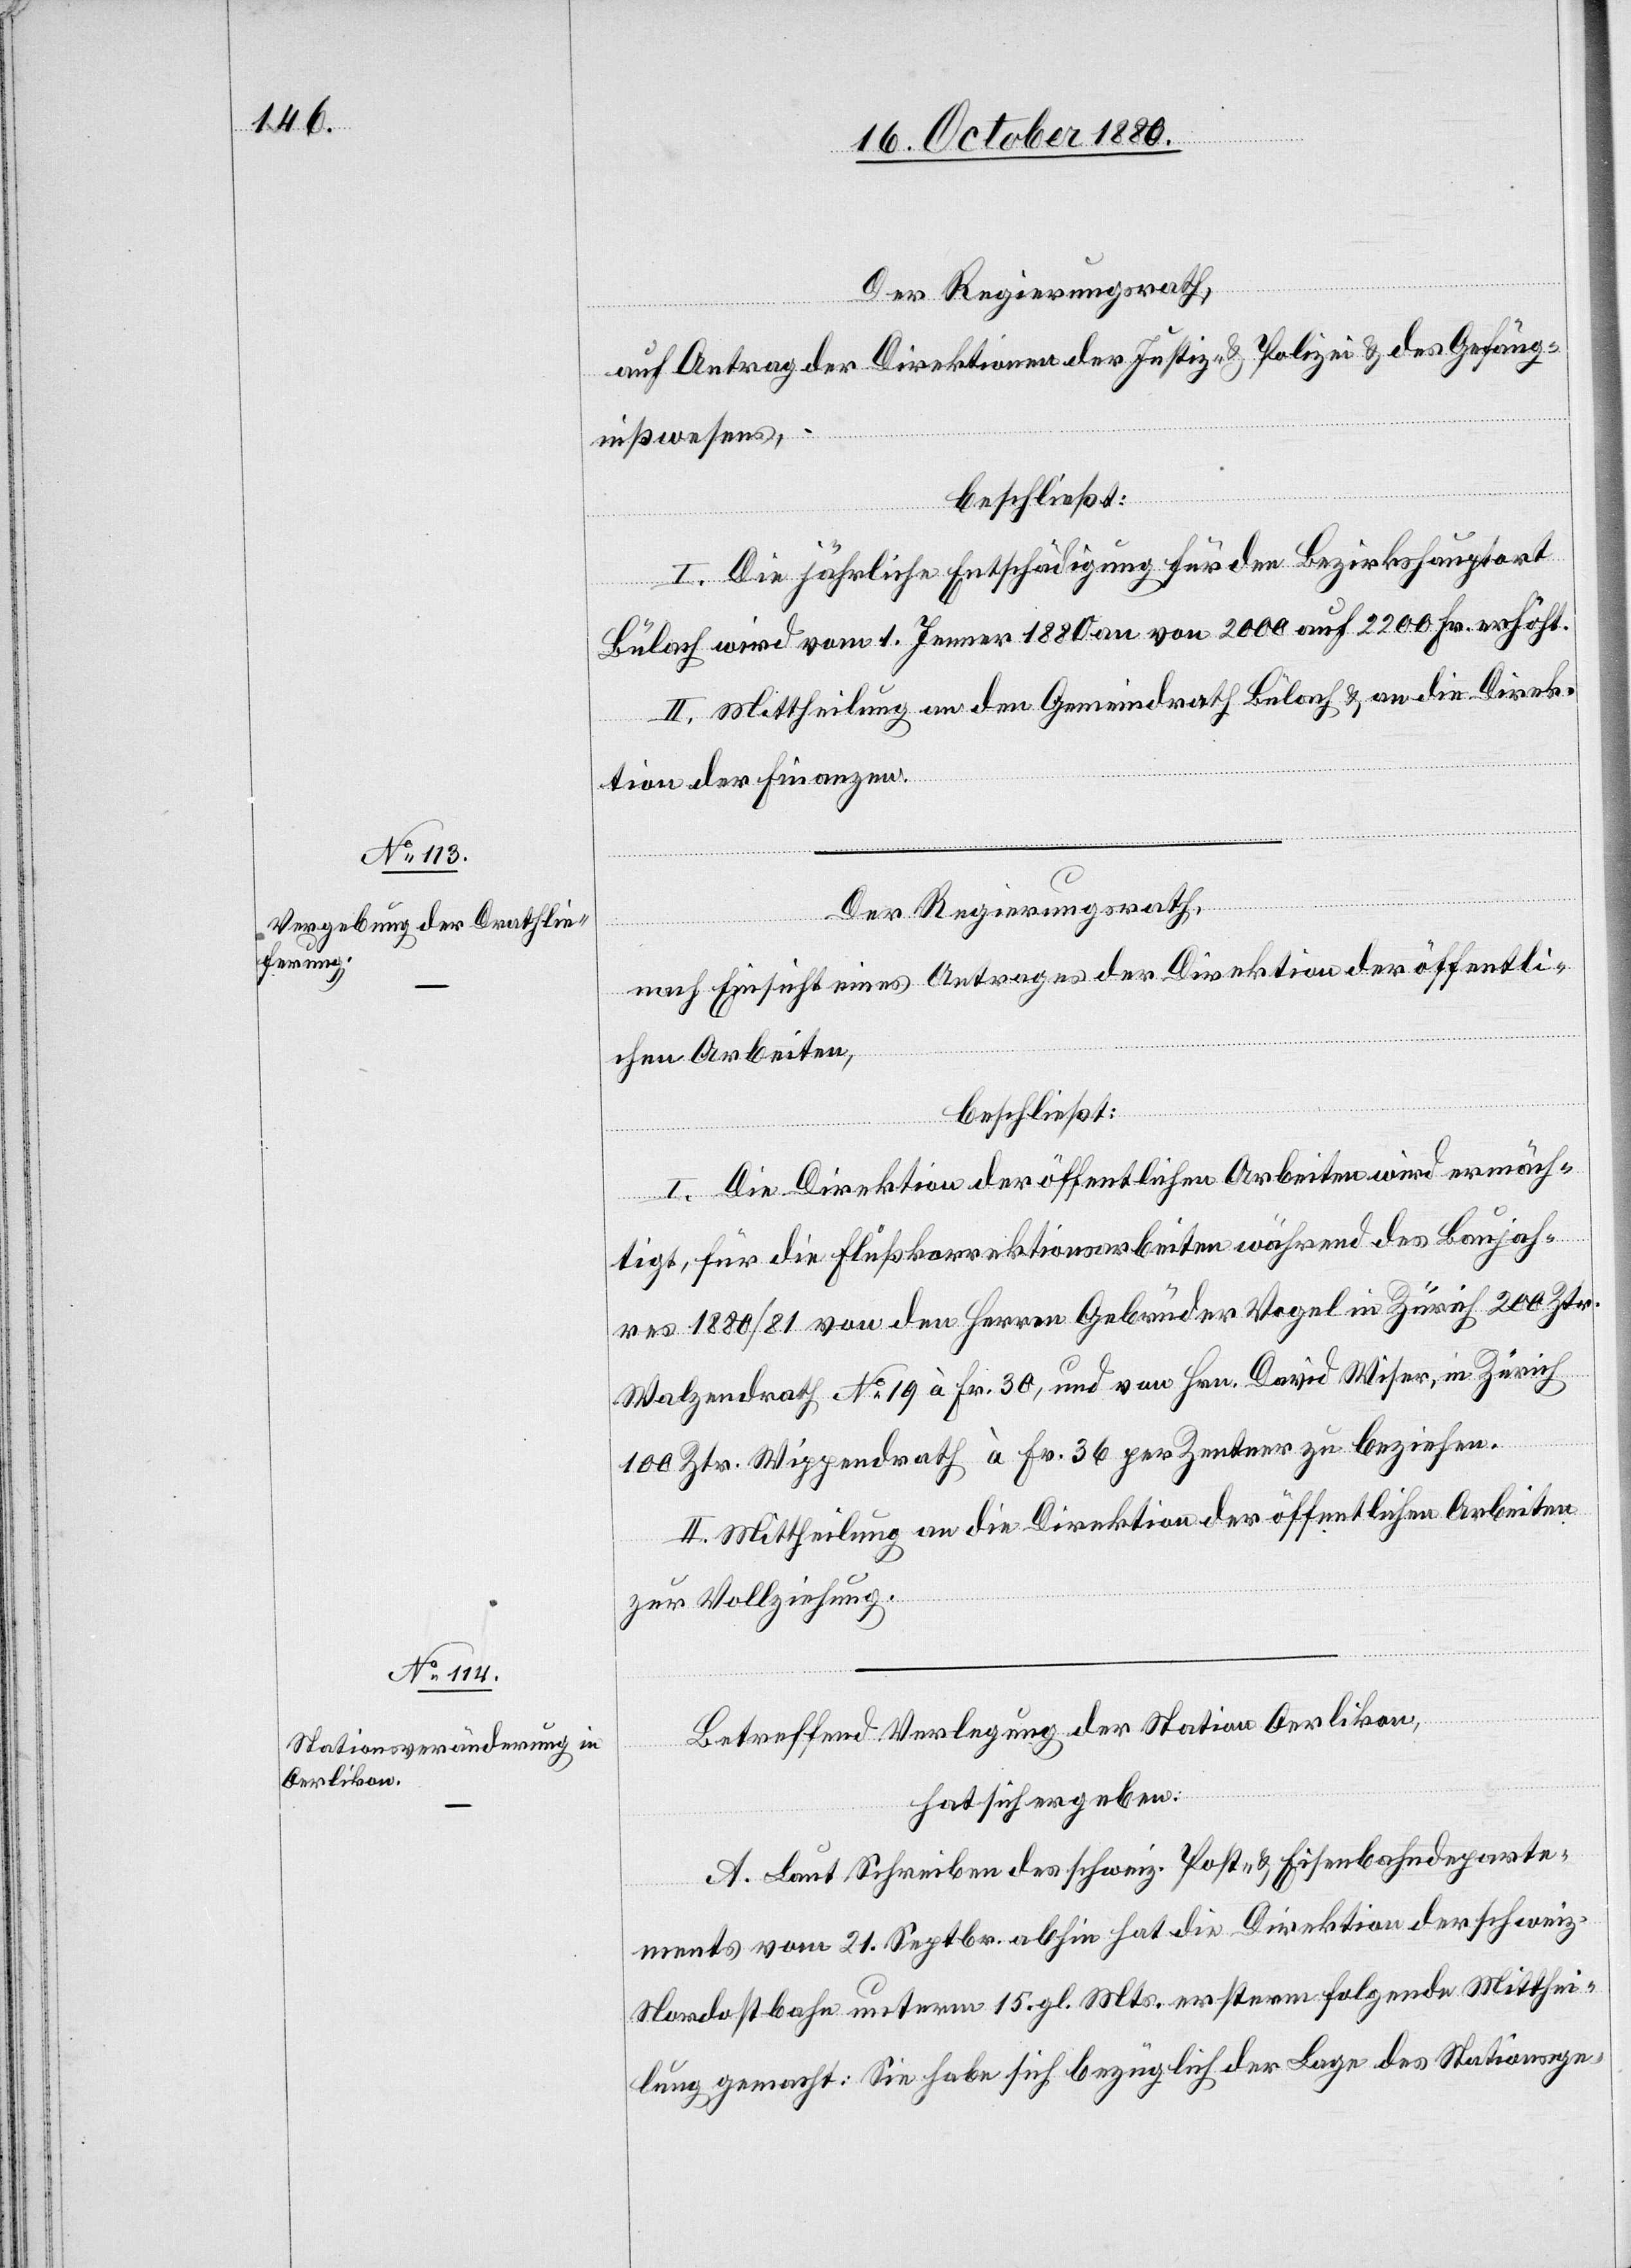
Der Regierungsrath,
auf Antrage der Direktion der Justiz- & Polizei & des Gefäng¬
nißwesens,
beschließt:
I. Die jährliche Entschädigung für den Bezirkshauptort
Bülach wird vom 1. Jenner 1880 an von 2000 auf 2200 Fr. erhöht.
II. Mittheilung an den Gemeindrath Bülach & an die Direk¬
tion der Finanzen.
Der Regierungsrath,
nach Einsicht eines Antrages der Direktion der öffentli¬
chen Arbeiten,
beschließt:
I. Die Direktion der öffentlichen Arbeiten wird ermäch¬
tigt, für die Flußkorrektionsarbeiten während des Baujah¬
res 1880/81 von den Herren Gebrüder Vogel in Zürich 200 Ztr.
Walzendrath No 19 à Fr. 30, und von Hrn. David Wiser, in Zürich
100 Ztr. Wippendrath à Fr. 36 per Zentner zu beziehen.
II. Mittheilung an die Direktion der öffentlichen Arbeiten
zur Vollziehung.
Betreffend Verlegung der Station Oerlikon,
hat sich ergeben:
A. Laut Schreiben des schweiz. Post- & Eisenbahndeparte¬
ments vom 21. Septbr. abhin hat die Direktion der schweiz.
Nordostbahn unterm 15. gl. Mts. ersterm folgende Mitthei¬
lung gemacht: Sie habe sich bezüglich der Lage des Stationsge-